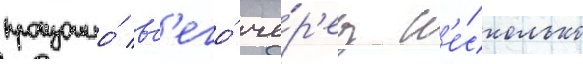
произошло́ вс'его́ че́р'ез н'е́сколько